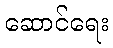
ဆောင်ရေး